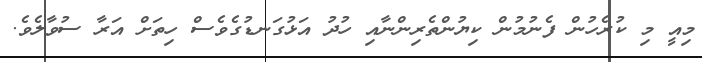
މިއީ މި ކުރެހުން ފެނުމުން ކިޔުންތެރިންނާއި ހުދު އަޅުގަނޑުގެވެސް ހިތަށް އަރާ ސުވާލެވެ.